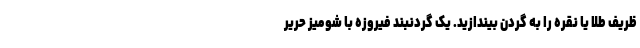
ظریف طلا یا نقره را به گردن بیندازید. یک گردنبند فیروزه با شومیز حریر